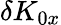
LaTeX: \delta K_{0x}